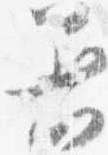
着